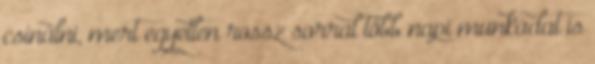
csinálni, mert egyetlen rossz sorral több napi munkádat is